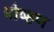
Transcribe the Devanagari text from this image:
पोष्हण